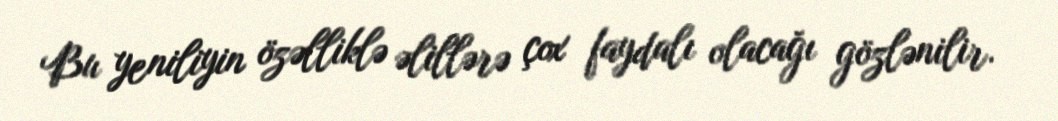
Bu yeniliyin özəlliklə əlillərə çox faydalı olacağı gözlənilir.